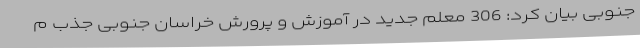
جنوبی بیان کرد: 306 معلم جدید در آموزش و پرورش خراسان جنوبی جذب م